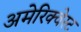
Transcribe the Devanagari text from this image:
अमेरिक्वेस्ट